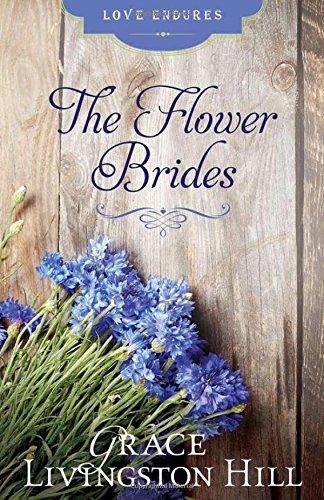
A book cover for The Flower Brides (Grace Livingston Hill Classics) (Love Endures); Grace Livingston Hill; Romance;